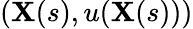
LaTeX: (\mathbf{X}(s),u(\mathbf{X}(s)))